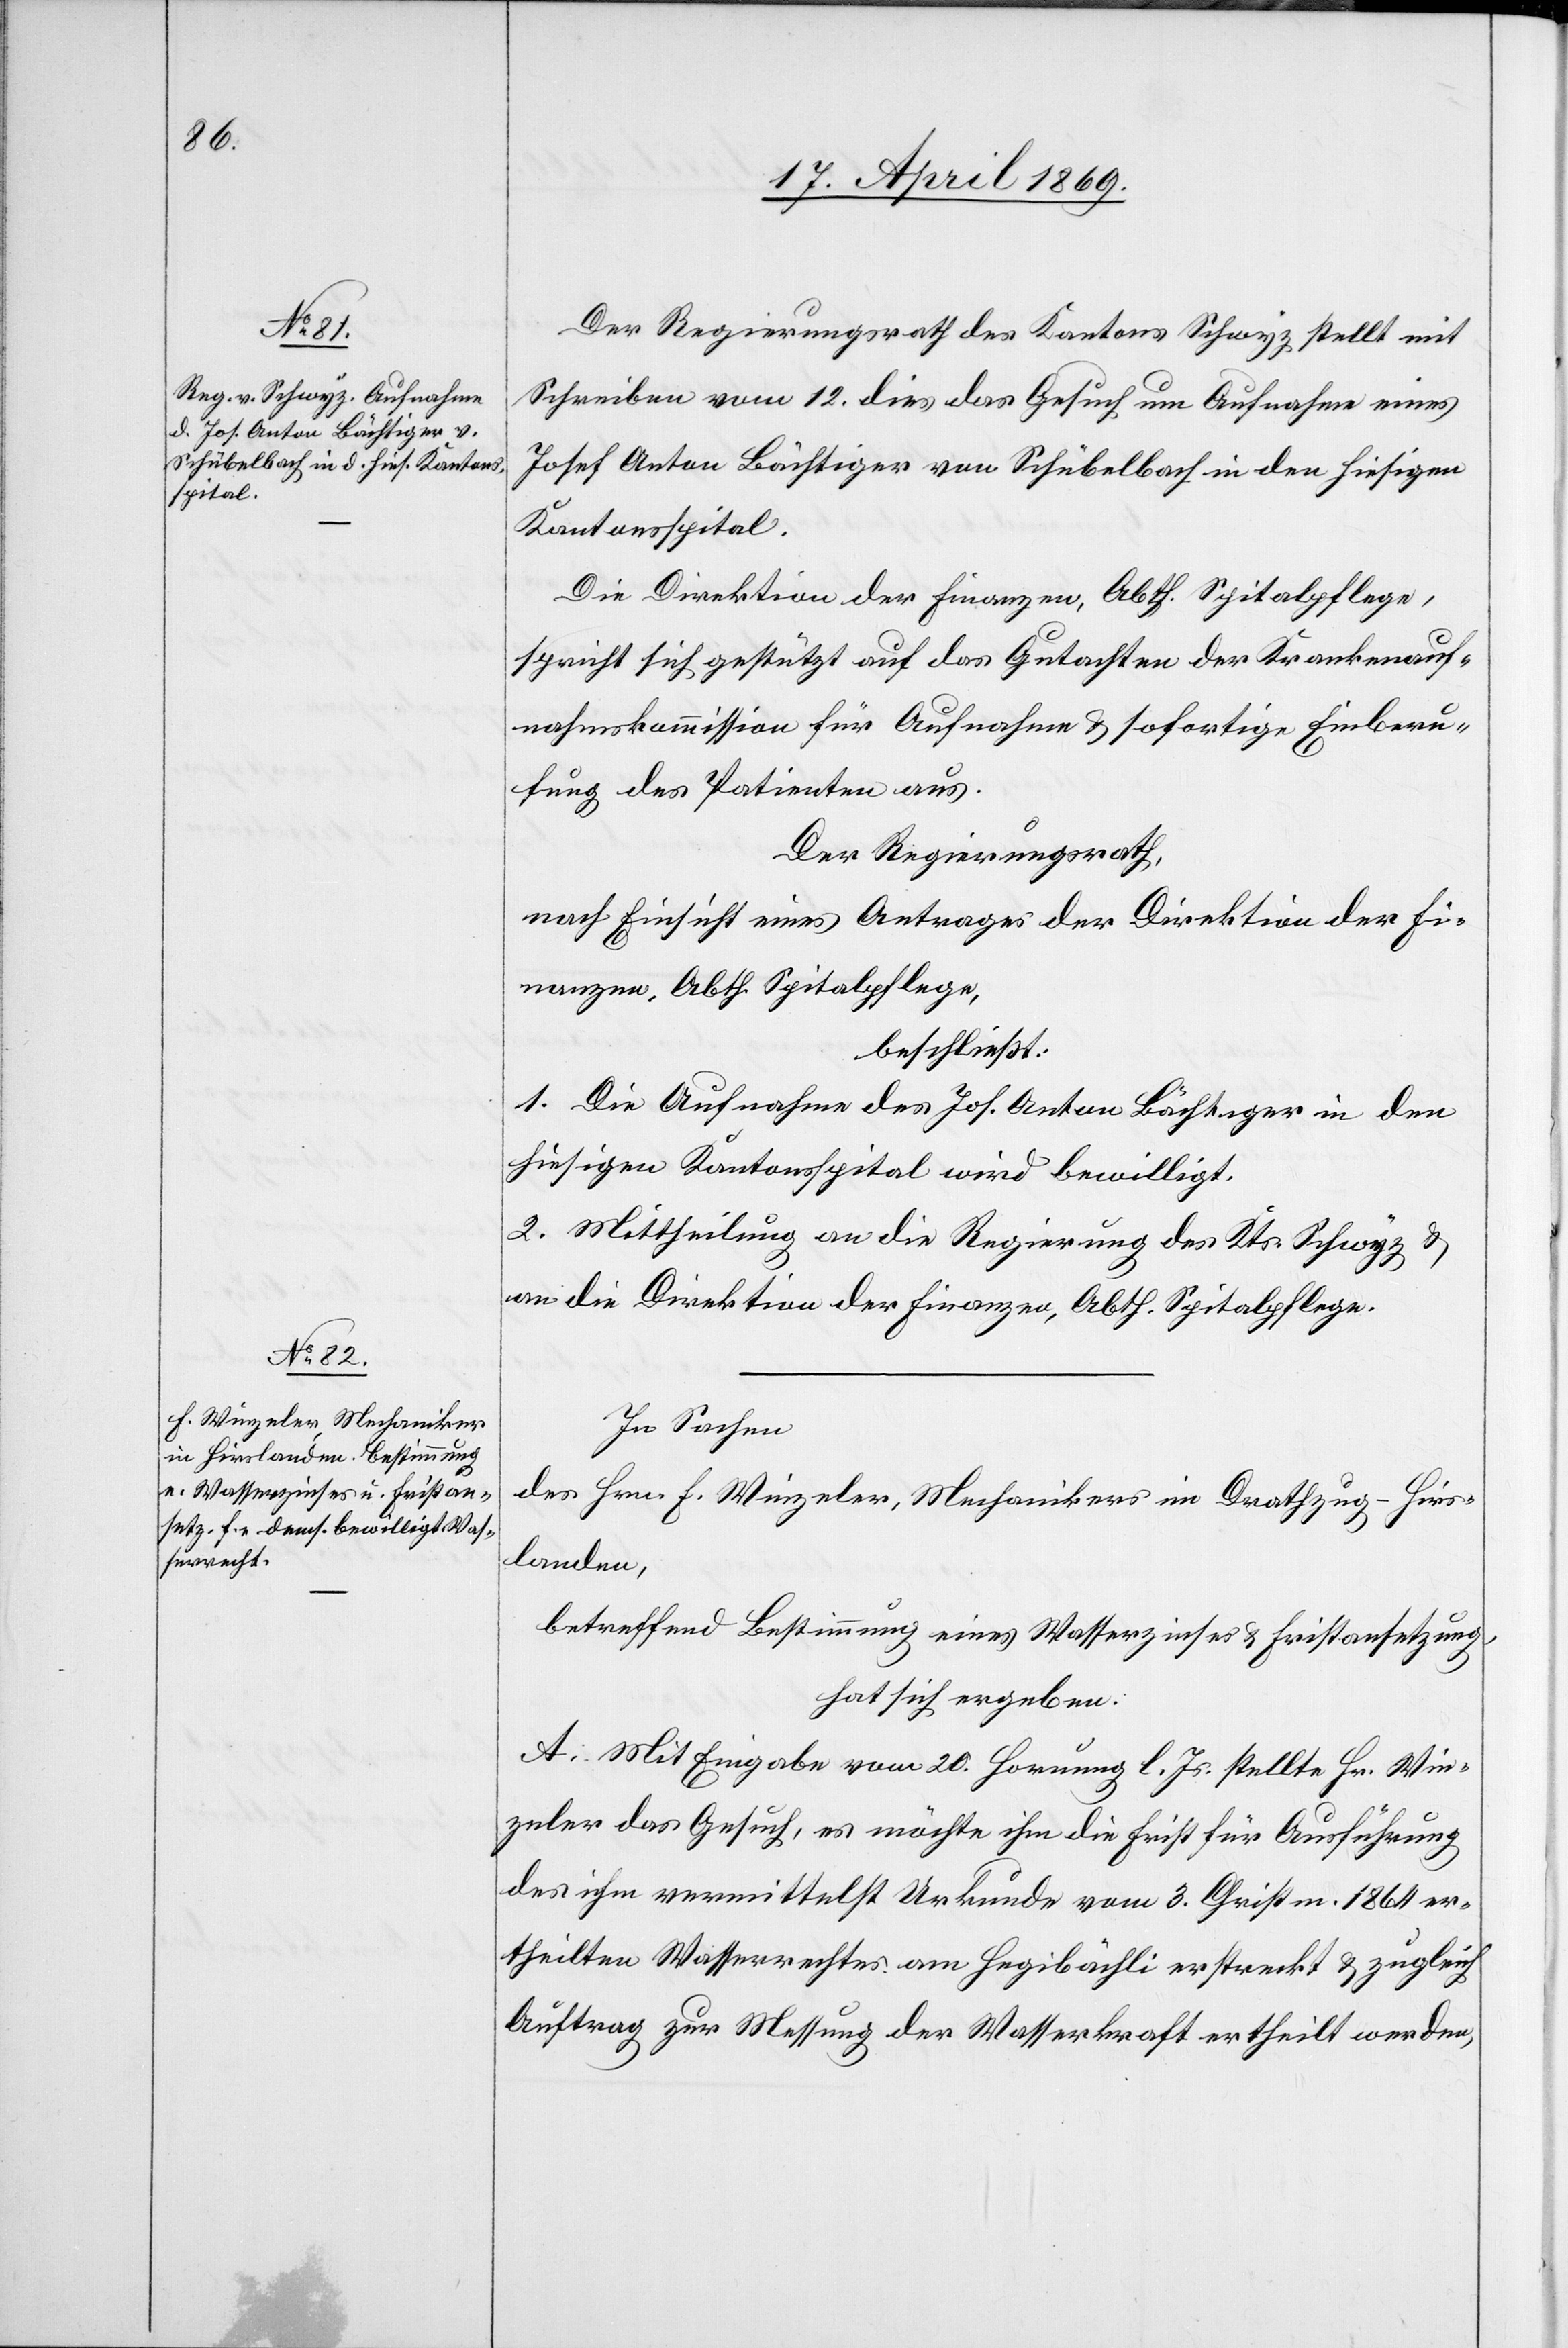
Der Regierungsrath des Kantons Schwyz stellt mit
Schreiben vom 12. dies das Gesuch um Aufnahme eines
Josef Anton Bächtiger von Schübelbach in den hiesigen
Kantonsspital.
Die Direktion der Finanzen, Abth. Spitalpflege,
spricht sich gestützt auf das Gutachten der Krankenauf¬
nahmskommission für Aufnahme u. sofortige Einberu¬
fung des Patienten aus.
Der Regierungsrath,
nach Einsicht eines Antrages der Direktion der Fi¬
nanzen, Abth. Spitalpflege,
beschließt:
1. Die Aufnahme des Jos. Anton Bächtiger in den
hiesigen Kantonsspital wird bewilligt.
2. Mittheilung an die Regierung des Kts. Schwyz u.
an die Direktion der Finanzen, Abth. Spitalpflege.
In Sachen
des Hrn. F. Winzeler, Mechaniker im Drathzug - Hirs¬
landen,
betreffend Bestimmung eines Wasserzinses u. Fristansetzung,
hat sich ergeben:
A. Mit Eingabe vom 20. Hornung l. Js. stellte Hr. Win¬
zeler das Gesuch, es möchte ihm die Frist für Ausführung
des ihm vermittelst Urkunde vom 3. Christm. 1864 er¬
theilten Wasserrechtes am Hegibächli erstreckt u. zugleich
Auftrag zur Messung der Wasserkraft ertheilt werden,